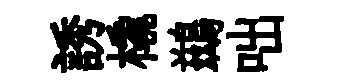
誘橇鷀咄